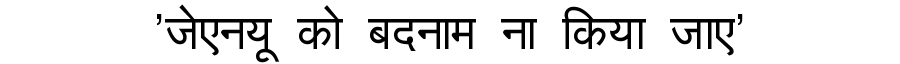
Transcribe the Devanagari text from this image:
'जेएनयू को बदनाम ना किया जाए'